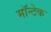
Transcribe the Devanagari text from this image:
मॉन्टेक